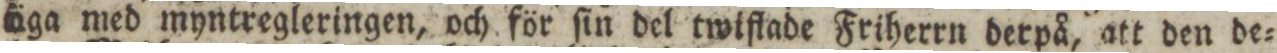
äga med myntregleringen, och för ſin del twiflade Friherrn derpå, att den de=